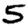
Digit: 5